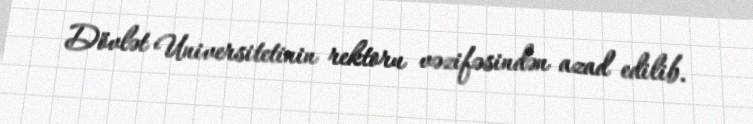
Dövlət Universitetinin rektoru vəzifəsindən azad edilib.